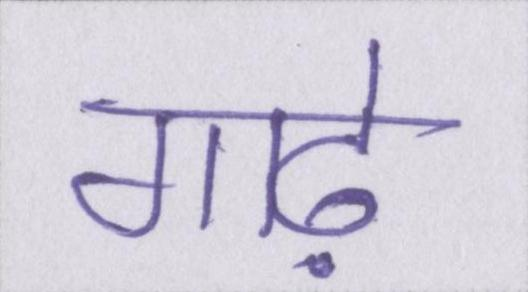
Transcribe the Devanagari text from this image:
गाढ़े